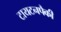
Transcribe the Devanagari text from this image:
टायटनपैकी